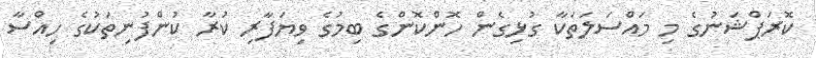
ކޮރަޕްޝަނުގެ މި މައްސަލަތަކާ ގުޅިގެން ހޮންކޮންގެ ބިމުގެ ވިޔަފާރި ކުރާ ކުންފުނިތަކުގެ ހިއްސާ